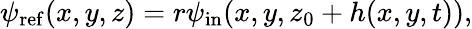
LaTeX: \psi_{\mathrm{ref}}(x,y,z)=r\psi_{\mathrm{in}}(x,y,z_{0}+h(x,y,t)),